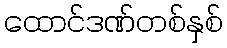
ထောင်ဒဏ်တစ်နှစ်